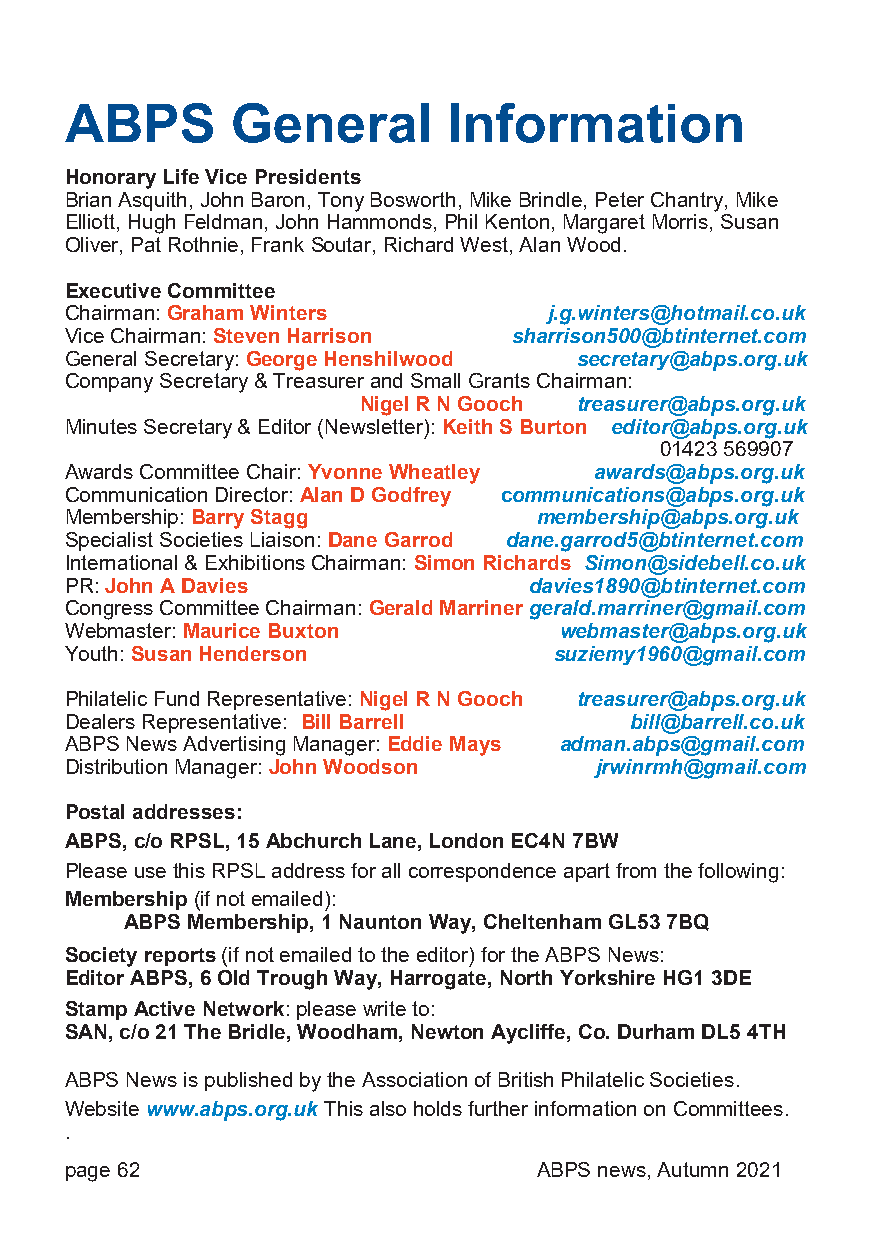
ABPS       General        Information
 Honorary Life Vice Presidents
 Brian Asquith, John Baron, Tony Bosworth, Mike Brindle, Peter Chantry, Mike
 Elliott, Hugh Feldman, John Hammonds, Phil Kenton, Margaret Morris, Susan
 Oliver, Pat Rothnie, Frank Soutar, Richard West, Alan Wood.
 Executive Committee
 Chairman: Graham Winters        j.g.winters@hotmail.co.uk
 Vice Chairman: Steven Harrison sharrison500@btinternet.com
 General Secretary: George Henshilwood secretary@abps.org.uk
 Company Secretary & Treasurer and Small Grants Chairman:
 Nigel R N Gooch treasurer@abps.org.uk
 Minutes Secretary & Editor (Newsletter): Keith S Burton editor@abps.org.uk
 01423 569907
 Awards Committee Chair: Yvonne Wheatley awards@abps.org.uk
 Communication Director: Alan D Godfrey communications@abps.org.uk
 Membership: Barry Stagg         membership@abps.org.uk
 Specialist Societies Liaison: Dane Garrod dane.garrod5@btinternet.com
 International & Exhibitions Chairman: Simon Richards Simon@sidebell.co.uk
 PR: John A Davies              davies1890@btinternet.com
 Congress Committee Chairman: Gerald Marriner gerald.marriner@gmail.com
 Webmaster: Maurice Buxton        webmaster@abps.org.uk
 Youth: Susan Henderson           suziemy1960@gmail.com
 Philatelic Fund Representative: Nigel R N Gooch treasurer@abps.org.uk
 Dealers Representative: Bill Barrell  bill@barrell.co.uk
 ABPS News Advertising Manager: Eddie Mays adman.abps@gmail.com
 Distribution Manager: John Woodson jrwinrmh@gmail.com
 Postal addresses:
 ABPS, c/o RPSL, 15 Abchurch Lane, London EC4N 7BW
 Please use this RPSL address for all correspondence apart from the following:
 Membership (if not emailed):
 ABPS Membership, 1 Naunton Way, Cheltenham GL53 7BQ
 Society reports (if not emailed to the editor) for the ABPS News:
 Editor ABPS, 6 Old Trough Way, Harrogate, North Yorkshire HG1 3DE
 Stamp Active Network: please write to:
 SAN, c/o 21 The Bridle, Woodham, Newton Aycliffe, Co. Durham DL5 4TH
 ABPS News is published by the Association of British Philatelic Societies.
 Website www.abps.org.uk This also holds further information on Committees.
 .
 page 62                         ABPS news, Autumn 2021